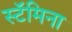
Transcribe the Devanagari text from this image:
स्टॅमिना